Supplement to the account of plague administration in the Bombay Presidency from September 1896 till May 1897
Year: 1896
Disease focus: Plague
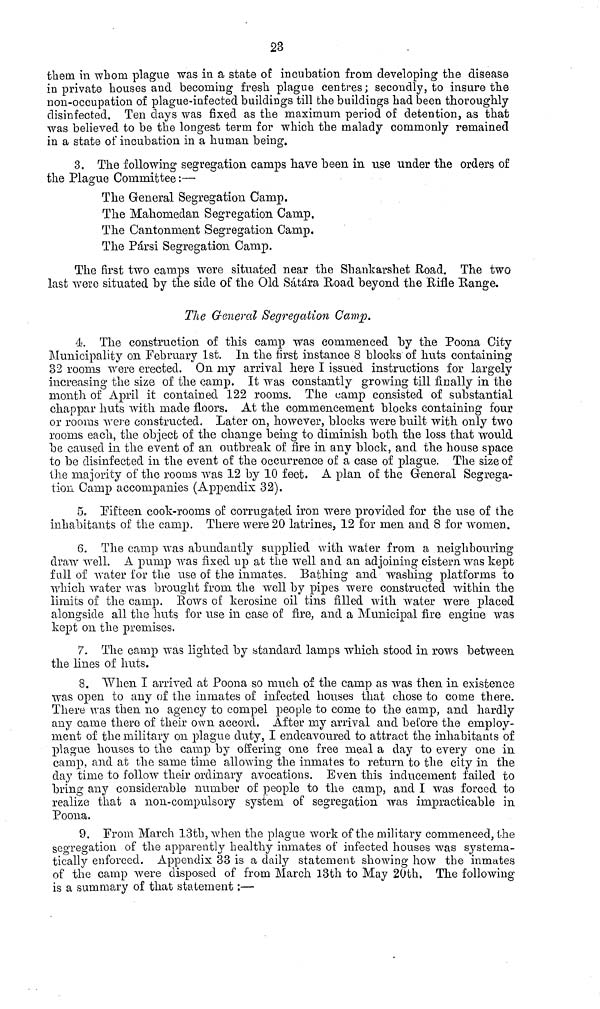
23
them in whom plague was in a state of incubation from developing the disease
in private houses and becoming fresh plague centres; secondly, to insure the
non-occupation of plague-infected buildings till the buildings had been thoroughly
disinfected. Ten days was fixed as the maximum period of detention, as that
was believed to be the longest term for which the malady commonly remained
in a state of incubation in a human being.
3. The following segregation camps have been in use under the orders of
the Plague Committee :—
The General Segregation Camp.
The Mahomedan Segregation Camp.
The Cantonment Segregation Camp.
The Pársi Segregation Camp.
The first two camps were situated near the Shankarshet Road. The two
last were situated by the side of the Old Sátára Road beyond the Rifle Range.
The General Segregation Camp.
4. The construction of this camp was commenced by the Poona City
Municipality on February 1st. In the first instance 8 blocks of huts containing
32 rooms were erected. On my arrival here I issued instructions for largely
increasing the size of the camp. It was constantly growing till finally in the
month of April it contained 122 rooms. The camp consisted of substantial
chappar huts with made floors. At the commencement blocks containing four
or rooms were constructed. Later on, however, blocks were built with only two
rooms each, the object of the change being to diminish both the loss that would
be caused in the event of an outbreak of fire in any block, and the house space
to be disinfected in the event of the occurrence of a case of plague. The size of
the majority of the rooms was 12 by 10 feet. A plan of the General Segrega-
tion Camp accompanies (Appendix 32).
5. Fifteen cook-rooms of corrugated iron were provided for the use of the
inhabitants of the camp. There were 20 latrines, 12 for men and 8 for women.
6. The camp was abundantly supplied with, water from a neighbouring
draw well. A pump was fixed up at the well and an adjoining cistern was kept
full of water for the use of the inmates. Bathing and washing platforms to
which water was brought from the well by pipes were constructed within the
limits of the camp. Rows of kerosine oil tins filled with water were placed
alongside all the huts for use in case of fire, and a Municipal fire engine was
kept 011 the premises.
7. The camp was lighted by standard lamps which stood in rows between
the lines of huts.
8. When I arrived at Poona so much of the camp as was then in existence
was open to any of the inmates of infected houses that chose to come there.
There was then 110 agency to compel people to come to the camp, and hardly
any came there of their own accord. After my arrival and before the employ-
ment of the military on plague duty, I endeavoured to attract the inhabitants of
plague houses to the camp by offering one free meal a day to every one in
camp, and at the same time allowing the inmates to return to the city in the
clay time to follow their ordinary avocations. Even this inducement failed to
bring any considerable number of people to the camp, and I was forced to
realize that a non-compulsory system of segregation was impracticable in
Poona.
9. From March 13th, when the plague work of the military commenced, the
segregation of the apparently healthy inmates of infected houses was systema-
tically enforced. Appendix 33 is a daily statement showing how the inmates
of the camp were disposed of from March 13th to May 20th. The following
is a summary of that statement :—